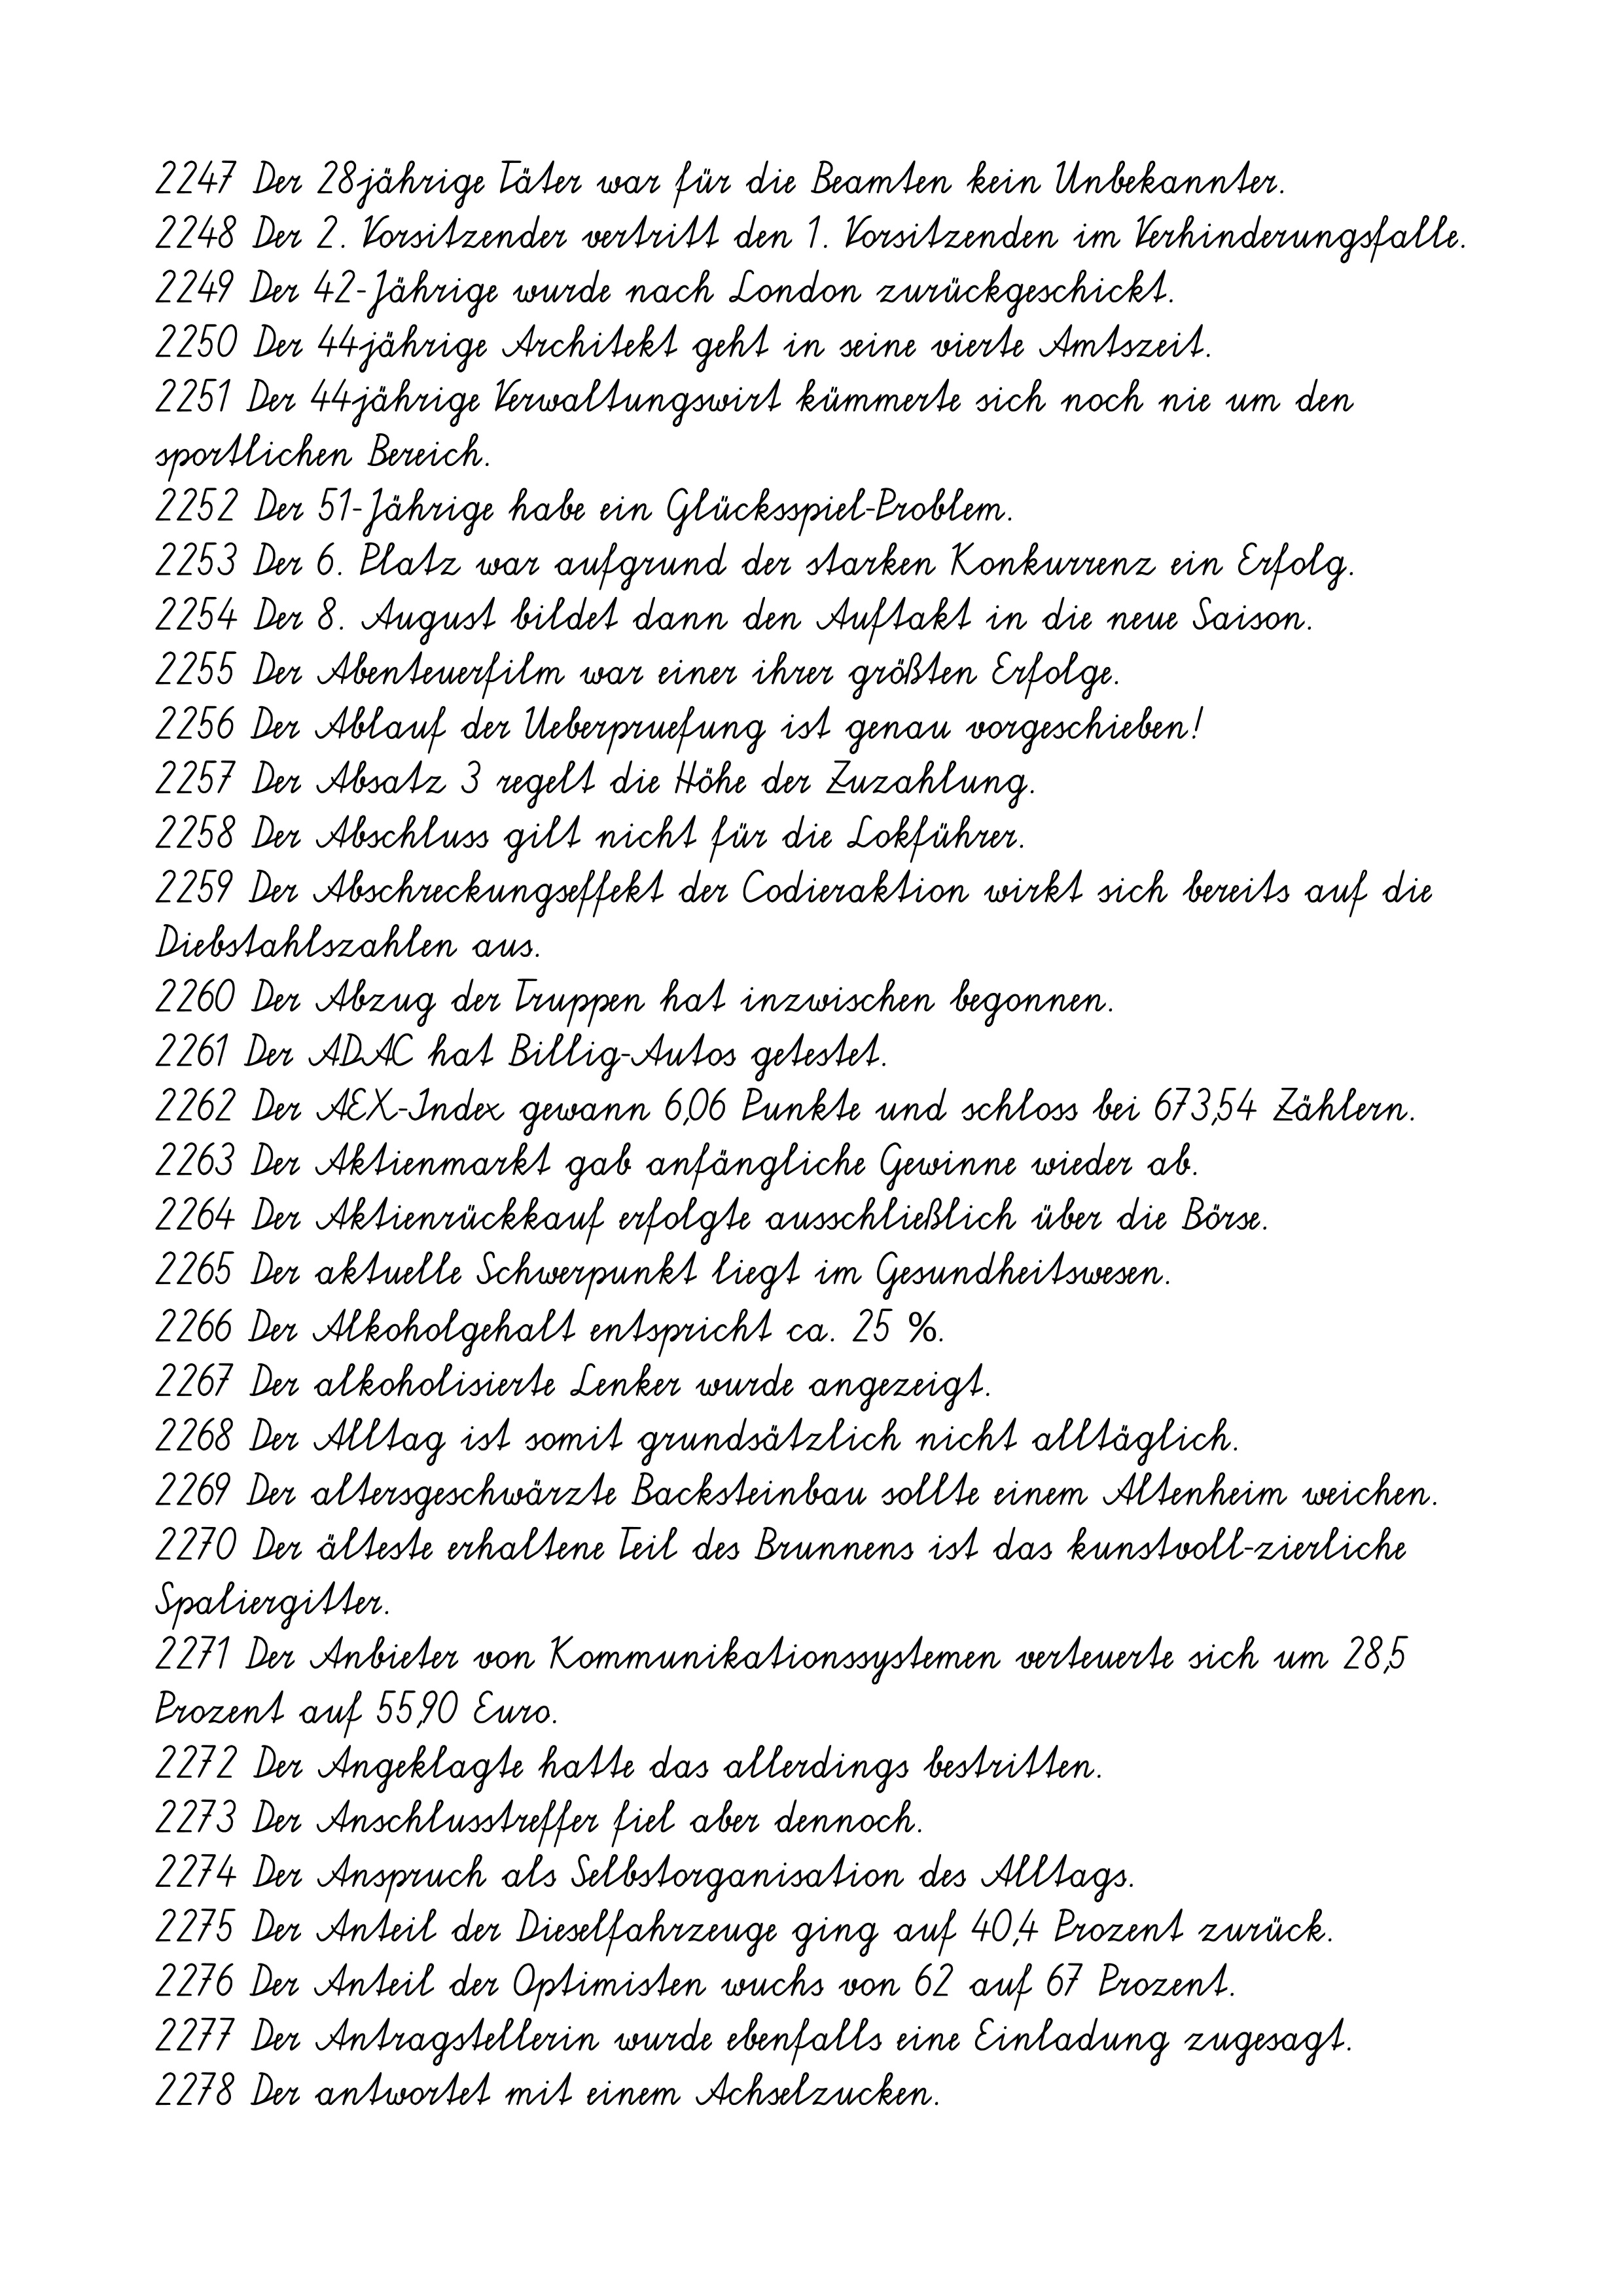
2247 Der 28jährige Täter war für die Beamten kein Unbekannter.
2248 Der 2. Vorsitzender vertritt den 1. Vorsitzenden im Verhinderungsfalle.
2249 Der 42-Jährige wurde nach London zurückgeschickt.
2250 Der 44jährige Architekt geht in seine vierte Amtszeit.
2251 Der 44jährige Verwaltungswirt kümmerte sich noch nie um den
sportlichen Bereich.
2252 Der 51-Jährige habe ein Glücksspiel-Problem.
2253 Der 6. Platz war aufgrund der starken Konkurrenz ein Erfolg.
2254 Der 8. August bildet dann den Auftakt in die neue Saison.
2255 Der Abenteuerfilm war einer ihrer größten Erfolge.
2256 Der Ablauf der Ueberpruefung ist genau vorgeschieben!
2257 Der Absatz 3 regelt die Höhe der Zuzahlung.
2258 Der Abschluss gilt nicht für die Lokführer.
2259 Der Abschreckungseffekt der Codieraktion wirkt sich bereits auf die
Diebstahlszahlen aus.
2260 Der Abzug der Truppen hat inzwischen begonnen.
2261 Der ADAC hat Billig-Autos getestet.
2262 Der AEX-Index gewann 6,06 Punkte und schloss bei 673,54 Zählern.
2263 Der Aktienmarkt gab anfängliche Gewinne wieder ab.
2264 Der Aktienrückkauf erfolgte ausschließlich über die Börse.
2265 Der aktuelle Schwerpunkt liegt im Gesundheitswesen.
2266 Der Alkoholgehalt entspricht ca. 25 %.
2267 Der alkoholisierte Lenker wurde angezeigt.
2268 Der Alltag ist somit grundsätzlich nicht alltäglich.
2269 Der altersgeschwärzte Backsteinbau sollte einem Altenheim weichen.
2270 Der älteste erhaltene Teil des Brunnens ist das kunstvoll-zierliche
Spaliergitter.
2271 Der Anbieter von Kommunikationssystemen verteuerte sich um 28,5
Prozent auf 55,90 Euro.
2272 Der Angeklagte hatte das allerdings bestritten.
2273 Der Anschlusstreffer fiel aber dennoch.
2274 Der Anspruch als Selbstorganisation des Alltags.
2275 Der Anteil der Dieselfahrzeuge ging auf 40,4 Prozent zurück.
2276 Der Anteil der Optimisten wuchs von 62 auf 67 Prozent.
2277 Der Antragstellerin wurde ebenfalls eine Einladung zugesagt.
2278 Der antwortet mit einem Achselzucken.